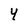
Character: 4